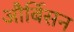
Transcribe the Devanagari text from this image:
और्बिसन